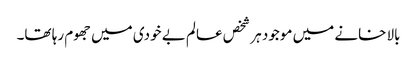
بالا خانے میں موجود ہر شخص عالم بے خودی میں جھوم رہا تھا۔